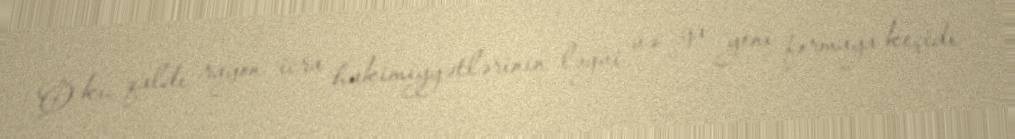
O ki, qaldı rayon icra hakimiyyətlərinin ləğvi və ya yeni formaya keçidi